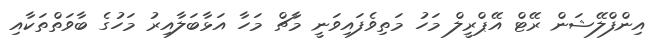
އިންފްލޭޝަން ރޭޓް އޭޕްރީލް މަހު މަތިވެފައިވަނީ މާޗް މަހާ އަޅާބަލާއިރު މަހުގެ ބާވަތްތަކާއި